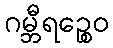
ဂမ္ဘီရဉ္စေဝ